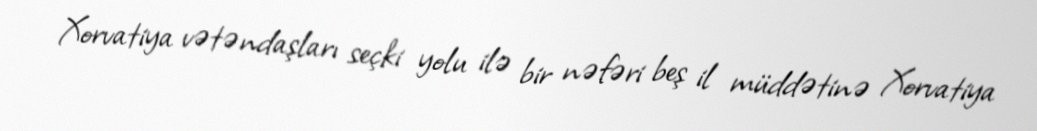
Xorvatiya vətəndaşları seçki yolu ilə bir nəfəri beş il müddətinə Xorvatiya